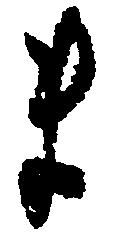
ま